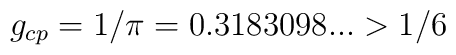
g_{cp} = 1/ \pi = 0.3183098... > 1/6